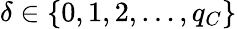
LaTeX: \delta\in\{ 0,1,2,\dots,q_{C}\}